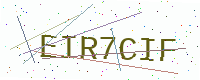
Text: EIR7CIF